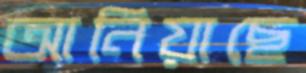
আনিয়াছে